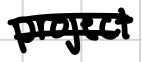
Text: project
Cross-out: double-line
Writing tool: digital_black